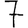
Digit: 7